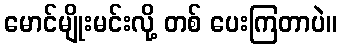
မောင်မျိုးမင်းလို့ တစ် ပေးကြတာပဲ။